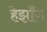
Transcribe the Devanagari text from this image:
हेर्झॉग